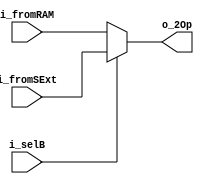
`timescale 1ns / 1ps
//////////////////////////////////////////////////////////////////////////////////
// Company: 
// Engineer: 
// 
// Design Name: 
// Module Name: selectB
// Project Name: 
// Target Devices: 
// Tool Versions: 
// Description: 
// 
// Dependencies: 
// 
// Revision:
// Revision 0.01 - File Created
// Additional Comments:
// 
//////////////////////////////////////////////////////////////////////////////////


module selectB(
    output reg [15:0] o_2Op,
    input [15:0] i_fromSExt,
    input [15:0] i_fromRAM,
    input i_selB
    );
    
    always @*
    begin
        if (i_selB)
            o_2Op = i_fromSExt;
        else
            o_2Op = i_fromRAM;
    end
    
endmodule